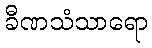
ခီဏသံသာရော